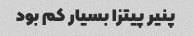
پنیر پیتزا بسیار کم بود